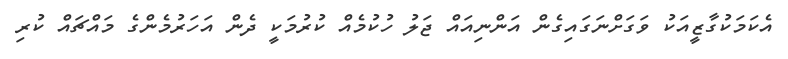
އެކަމަކުގާޒީއަކު ވަގަށްނަގައިގެން އަންނިއައް ޖަލު ހުކުމެއް ކުރުމަކީ ދެން އަހަރުމެންގެ މައްޗައް ކުރި